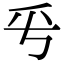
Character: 𠂠